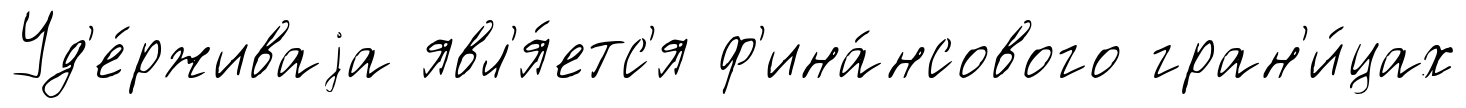
Уд'е́рживаjа явл'я́етс'я ф'ина́нсового гран'и́цах